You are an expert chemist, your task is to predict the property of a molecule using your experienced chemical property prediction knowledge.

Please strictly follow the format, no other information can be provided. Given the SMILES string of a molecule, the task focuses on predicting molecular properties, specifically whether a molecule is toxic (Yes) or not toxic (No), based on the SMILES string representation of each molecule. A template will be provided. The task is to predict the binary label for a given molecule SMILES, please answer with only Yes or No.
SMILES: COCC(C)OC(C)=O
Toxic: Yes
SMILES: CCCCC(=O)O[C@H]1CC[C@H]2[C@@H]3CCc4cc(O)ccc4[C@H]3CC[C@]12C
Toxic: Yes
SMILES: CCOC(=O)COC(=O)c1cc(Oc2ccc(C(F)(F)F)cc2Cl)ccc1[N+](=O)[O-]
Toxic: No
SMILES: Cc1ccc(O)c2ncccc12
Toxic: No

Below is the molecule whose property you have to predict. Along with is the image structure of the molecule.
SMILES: CCOC(=O)c1cncn1C(C)c1ccccc1
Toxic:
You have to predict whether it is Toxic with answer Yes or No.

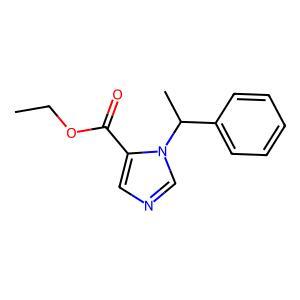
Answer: No